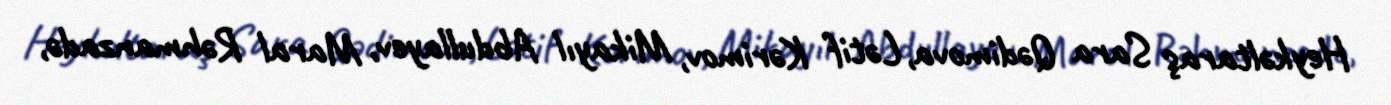
Heykəltaraş Sara Qədimova, Lətif Kərimov, Mikayıl Abdullayev, Maral Rəhmanzadə,